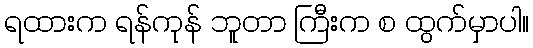
ရထားက ရန်ကုန် ဘူတာ ကြီးက စ ထွက်မှာပါ။